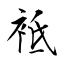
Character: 袛